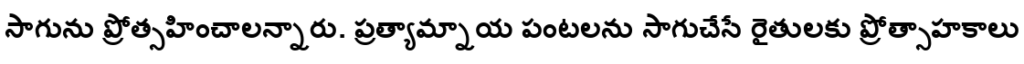
సాగును ప్రోత్సహించాలన్నారు. ప్రత్యామ్నాయ పంటలను సాగుచేసే రైతులకు ప్రోత్సాహకాలు